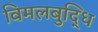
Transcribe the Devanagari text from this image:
विमलबुद्धि